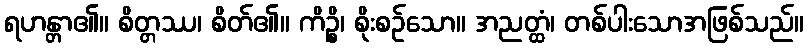
ရဟန္တာ၏။ စိတ္တဿ၊ စိတ်၏။ ကိဉ္စိ၊ စိုးစဉ်သော။ အညတ္ထံ၊ တစ်ပါးသောအဖြစ်သည်။